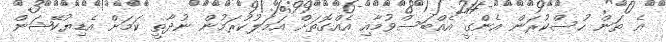
އެ ތަން ހުސްކުރަން އެންގީ އެެއްބަސްވުމާއި އެއްގޮތަށް އަމަލުކުރަމުން ނުދާތީ ކަމަށް އެޑިޔުކޭޝަން